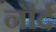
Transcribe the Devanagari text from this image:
नॉर्द